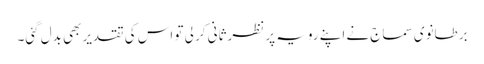
برطانوی سماج نے اپنے رویہ پر نظرثانی کر لی تو اس کی تقدیر بھی بدل گئی۔